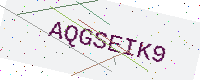
Text: AQGSEIK9